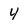
Character: 4